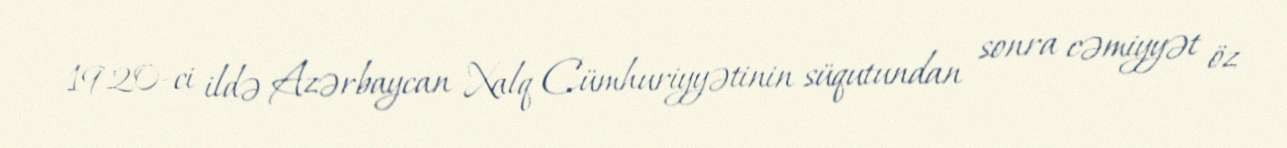
1920-ci ildə Azərbaycan Xalq Cümhuriyyətinin süqutundan sonra cəmiyyət öz